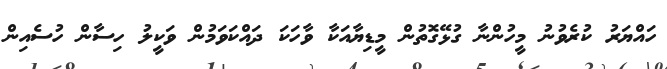
ހައްޔަރު ކުރެވުނު މީހުންނާ ގުޅޭގޮތުން މީޑިޔާއަކާ ވާހަކަ ދައްކަވަމުން ވަކީލު ހިސާން ހުސެއިން